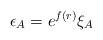
LaTeX: \begin{align*}\epsilon_A = e^{f(r)} \xi_A\end{align*}